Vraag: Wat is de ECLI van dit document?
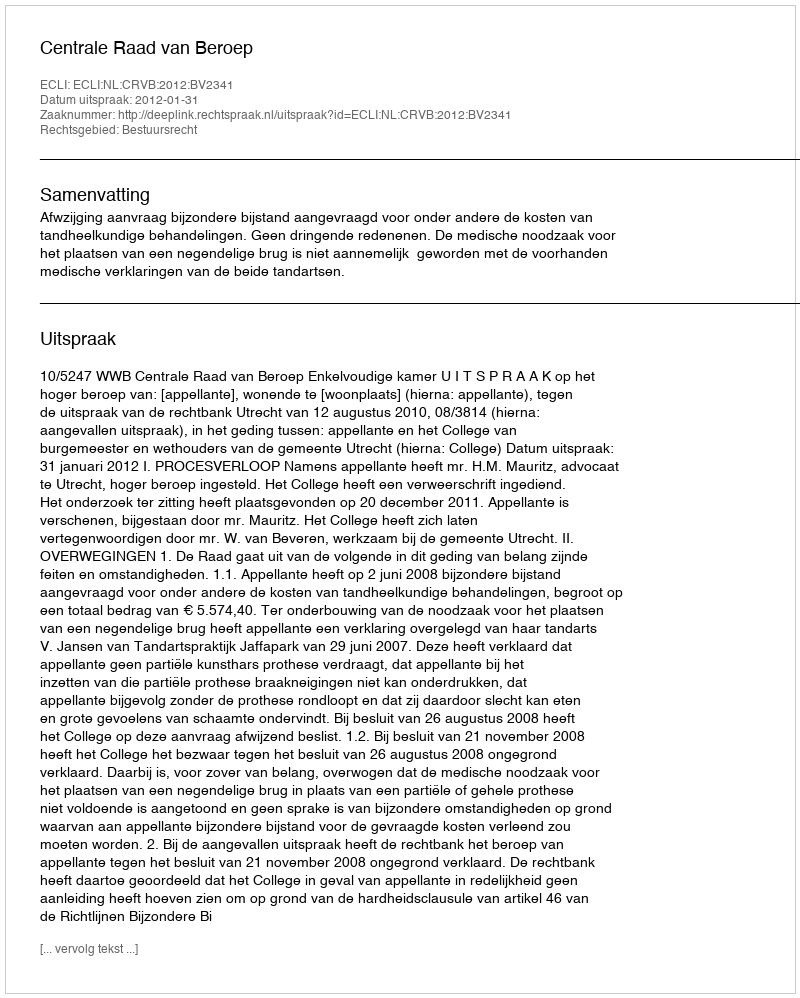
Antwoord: ECLI:NL:CRVB:2012:BV2341